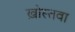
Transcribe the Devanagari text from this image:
ख़ोस्तवा